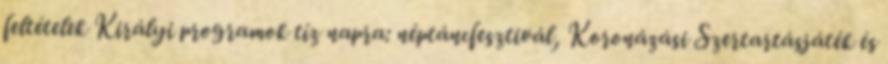
feltételek Királyi programok tíz napra: néptáncfesztivál, Koronázási Szertartásjáték és